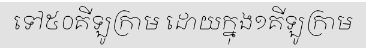
ទៅ៥០គីឡូក្រាម ដោយក្នុង១គីឡូក្រាម